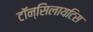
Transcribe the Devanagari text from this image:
टॉन्सिलायटिस